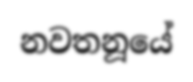
නවතනූයේ